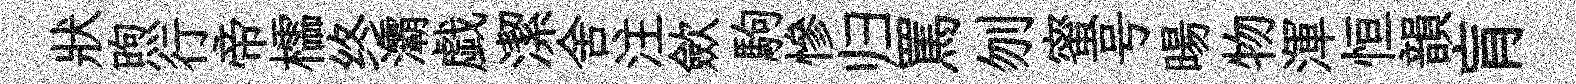
狀煦行帝櫺终灞戯潔舍注歛駒慘归罵刎蜜号暘物渾恒韻肓